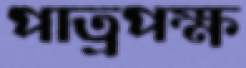
পাত্রপক্ষ